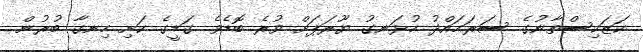
ކަޒަކިސްތާނުގެ ސަރަޙައްދު ހުޅަނގު ޔޫރަޕަށް ވުރެ ބޮޑެވެ. ގަޑީގެ ކަށި ހިނގާ ބުރުން